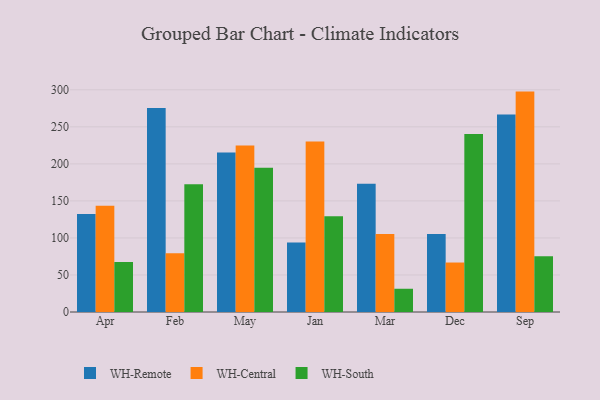
{"axis": {"x": "Month", "y": "Active Users"}, "legend": ["WH-Central", "WH-Remote", "WH-South"], "data": [{"x": "Apr", "y": 132.2, "type": "WH-Remote"}, {"x": "Apr", "y": 143.3, "type": "WH-Central"}, {"x": "Apr", "y": 67.5, "type": "WH-South"}, {"x": "Feb", "y": 275.4, "type": "WH-Remote"}, {"x": "Feb", "y": 79.4, "type": "WH-Central"}, {"x": "Feb", "y": 172.4, "type": "WH-South"}, {"x": "May", "y": 215.2, "type": "WH-Remote"}, {"x": "May", "y": 224.8, "type": "WH-Central"}, {"x": "May", "y": 194.7, "type": "WH-South"}, {"x": "Jan", "y": 93.8, "type": "WH-Remote"}, {"x": "Jan", "y": 230.2, "type": "WH-Central"}, {"x": "Jan", "y": 129.4, "type": "WH-South"}, {"x": "Mar", "y": 173.1, "type": "WH-Remote"}, {"x": "Mar", "y": 105.3, "type": "WH-Central"}, {"x": "Mar", "y": 31.4, "type": "WH-South"}, {"x": "Dec", "y": 105.2, "type": "WH-Remote"}, {"x": "Dec", "y": 66.8, "type": "WH-Central"}, {"x": "Dec", "y": 240.5, "type": "WH-South"}, {"x": "Sep", "y": 266.6, "type": "WH-Remote"}, {"x": "Sep", "y": 297.6, "type": "WH-Central"}, {"x": "Sep", "y": 75.2, "type": "WH-South"}]}